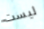
ليست